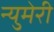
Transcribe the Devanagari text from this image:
न्युमेरी